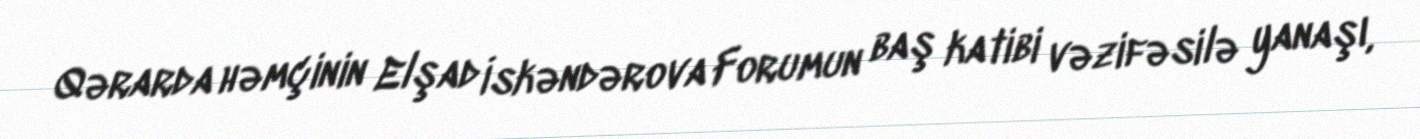
Qərarda həmçinin Elşad İskəndərova Forumun baş katibi vəzifəsilə yanaşı,